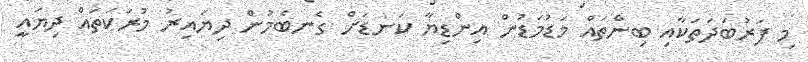
މި ފަރުބަދަތަކާއި ބިންތައް މަޑުމަޑުން އިންޑިޔާ ކަނޑަށް ގެނބެމުން ދިޔައިރު މުރަކަތައް ދިޔައީ